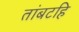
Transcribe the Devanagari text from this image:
तांबटहि